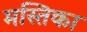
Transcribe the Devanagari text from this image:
मस्तिका